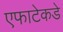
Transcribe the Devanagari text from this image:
एफाटेकडे